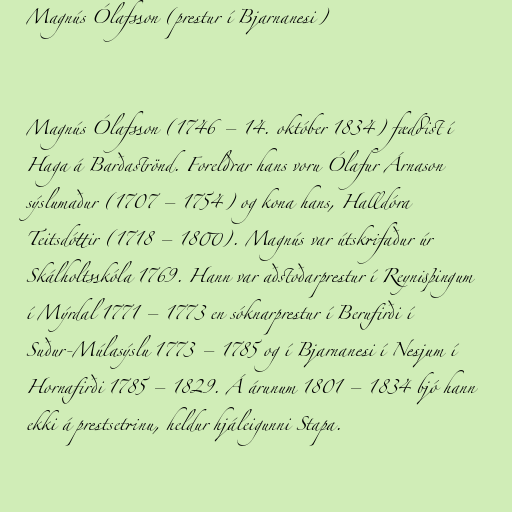
Magnús Ólafsson (prestur í Bjarnanesi)

Magnús Ólafsson (1746 – 14. október 1834) fæddist í
Haga á Barðaströnd. Foreldrar hans voru Ólafur Árnason
sýslumaður (1707 – 1754) og kona hans, Halldóra
Teitsdóttir (1718 – 1800). Magnús var útskrifaður úr
Skálholtsskóla 1769. Hann var aðstoðarprestur í Reynisþingum
í Mýrdal 1771 – 1773 en sóknarprestur í Berufirði í
Suður-Múlasýslu 1773 – 1785 og í Bjarnanesi í Nesjum í
Hornafirði 1785 – 1829. Á árunum 1801 – 1834 bjó hann
ekki á prestsetrinu, heldur hjáleigunni Stapa.